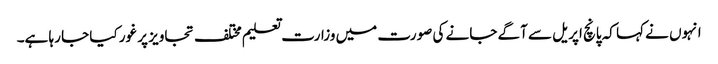
انہوں نے کہا کہ پانچ اپریل سے آگے جانے کی صورت میں وزارت تعلیم مختلف تجاویز پر غور کیا جا رہا ہے۔